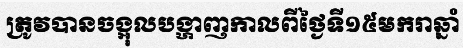
ត្រូវបានចង្អុលបង្ហាញកាលពីថ្ងៃទី១៥មករាឆ្នាំ